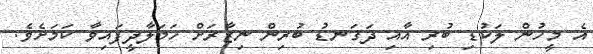
އެ މީހުން ލަކުޑި ބުރި އާއި ދަގަނޑު ބުރިން ނިޒާރަށް ހަމަލާދީފައިވާ ކަމަށެވެ.